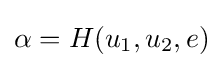
\alpha =H(u_{1},u_{2},e)